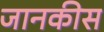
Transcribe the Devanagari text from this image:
जानकीस